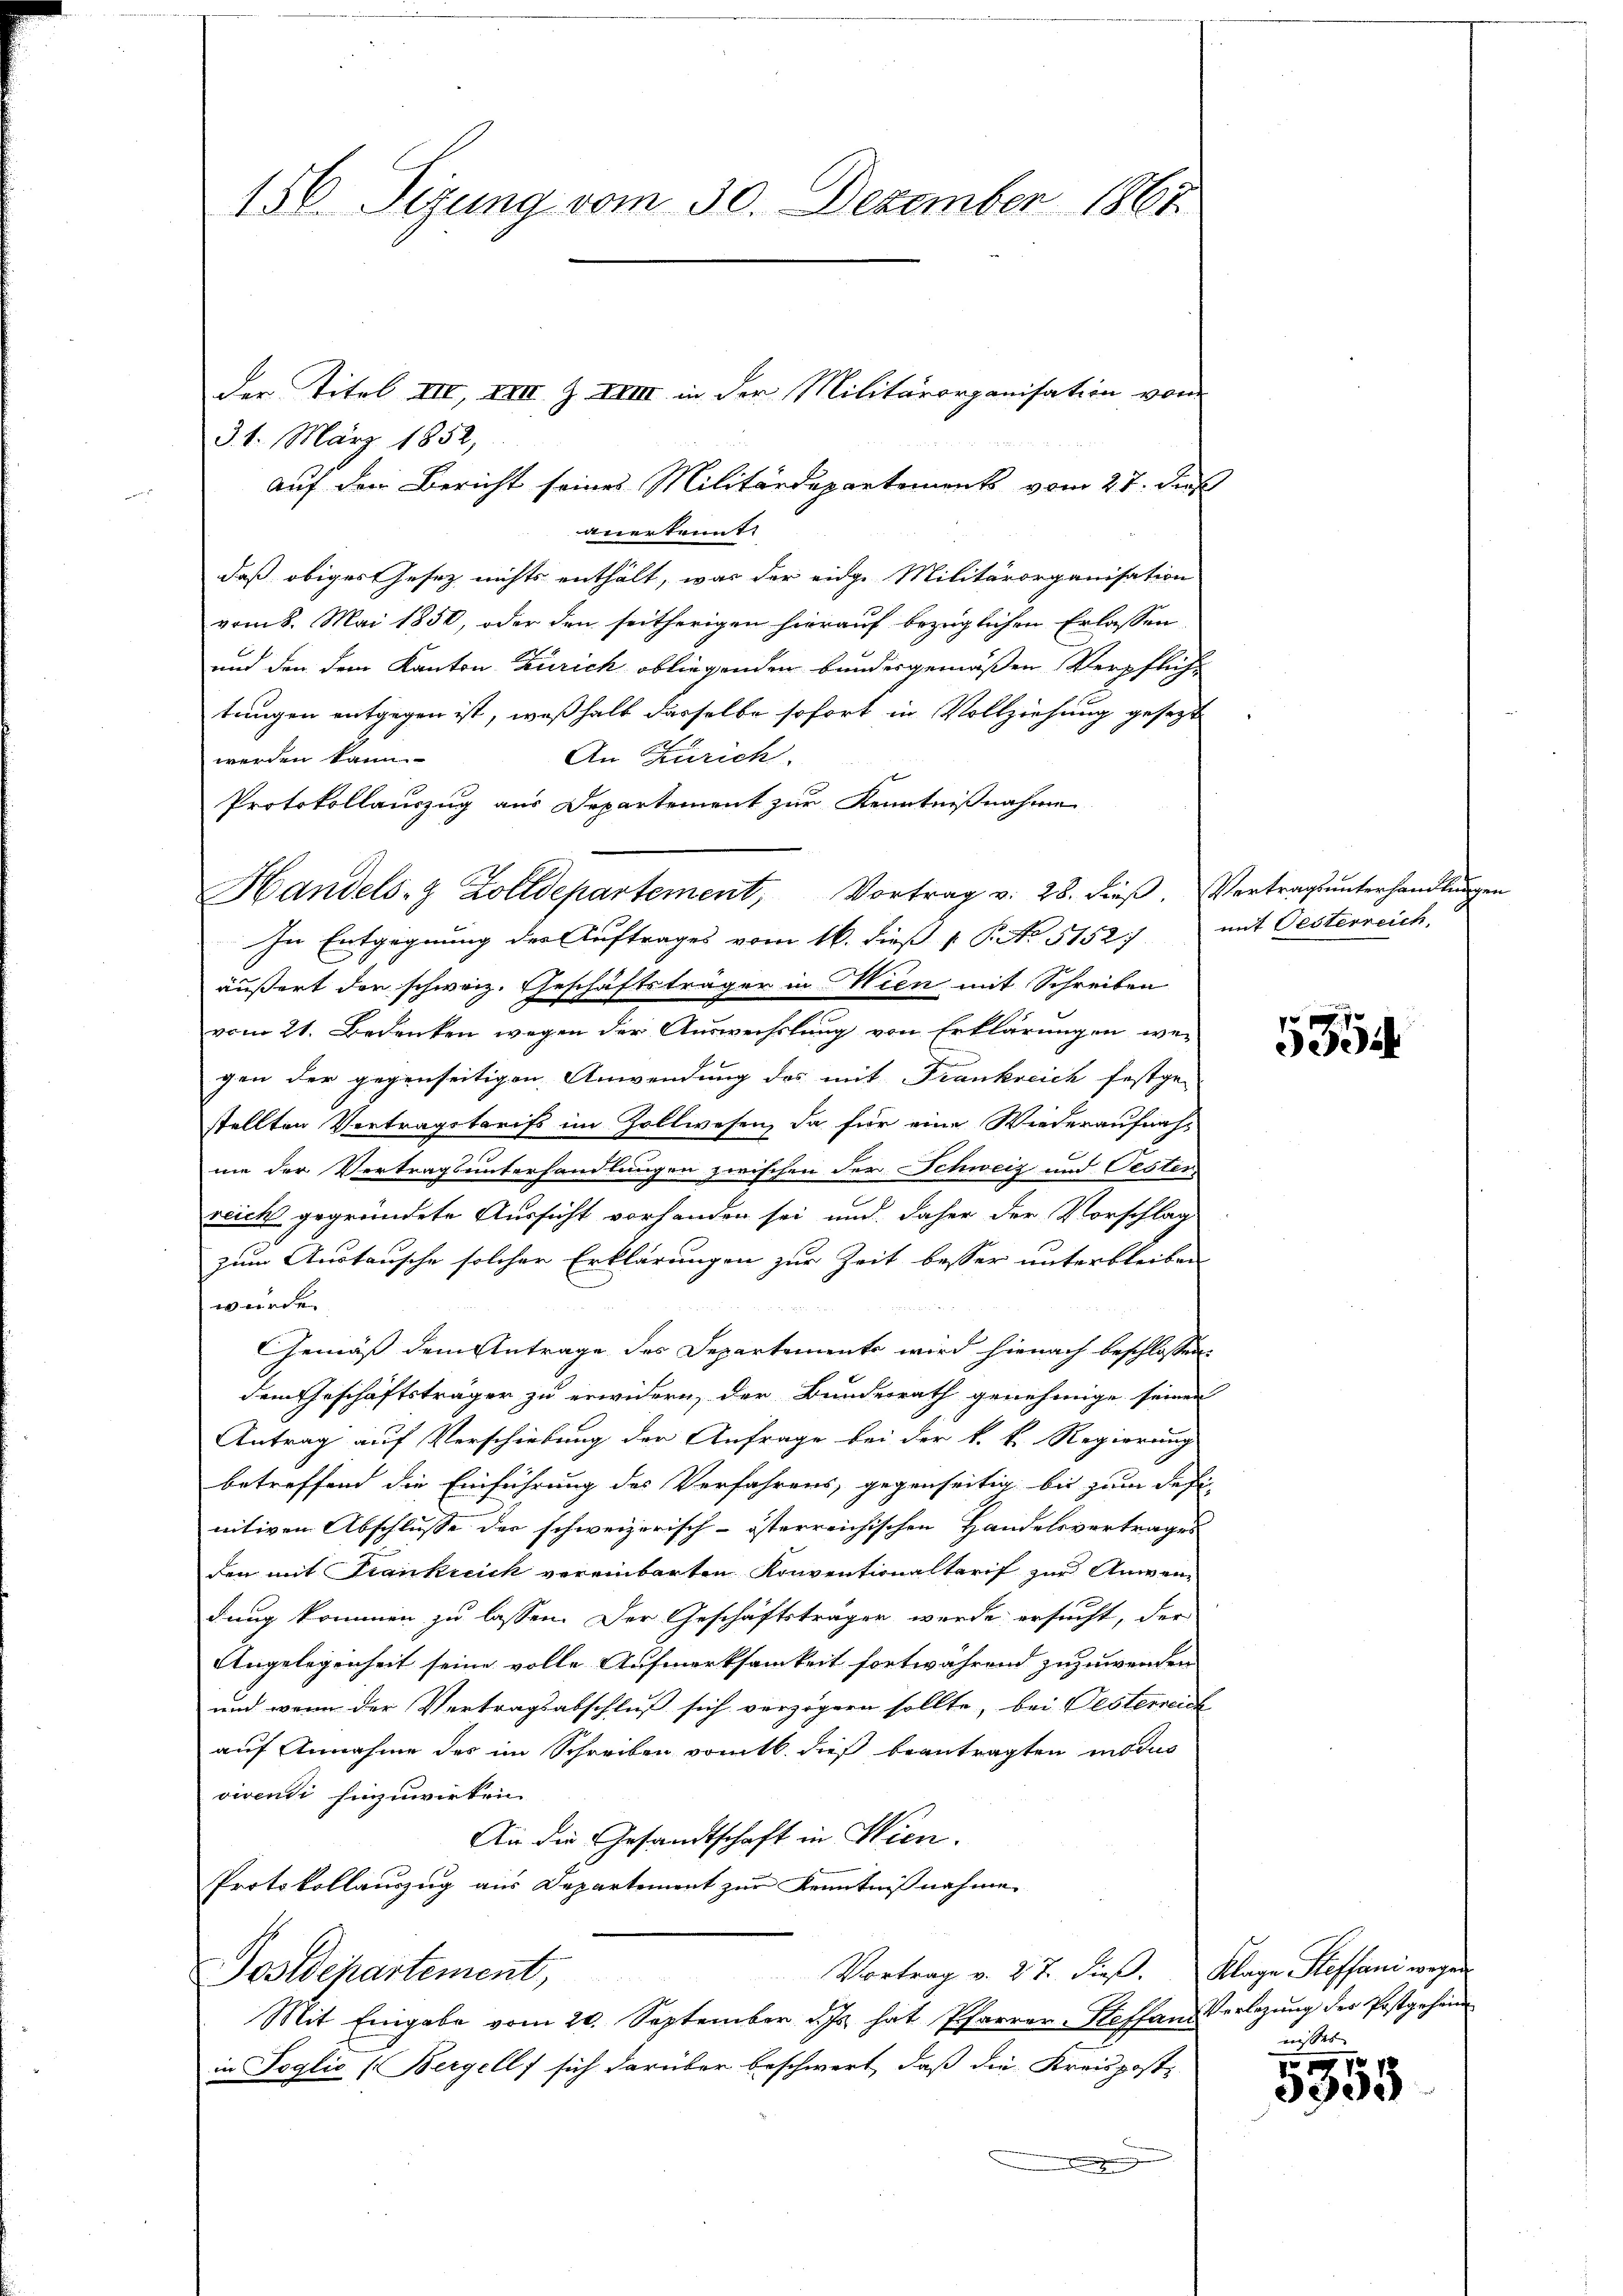
156. Sizung vom 30. Dezember 1861

3. 1. März 1852,
auf dem Bericht seines Militärdepartements vom 27. dieß
anerkannt.
daß obiges Gesetz nichts enthält, was der einge Militärorganisation
vom 8. Mai 1850, oder den seitherigen hierauf bezüglichen Erlassen,
und den dem Kanton Zürich obliegenden bundesgemäßen Verpfliche
tungen entgegen ist, weßhalb dasselbe sofort in Vollziehung gesezt
An Zürich.
werden kann.
Protokollauszug aus Departement zur Kenntnißnahme
Handels- & Zolldepartement, Vortrag v. 28. dieβ. Vertragsŭnterhandlŭngen
In Entgegnung des Auftrages vom 16. dieß 1 P. No 5152) mit Oesterreich,
äußert der schweiz. Geschäftsträger in Wien mit Schreiben
vom 21. Bedenken wegen der Auswechslung von Erklärungen weunteren
gen der gegenseitigen Anwendung des mit Frankreich festge-
stellten Vertragstarifs im Zollwesen, da für eine Wiederaufnah
me der Vertragsunterhandlungen zwischen der Schweiz und Oester
reicht gegründete Aussicht vorhanden sei und daher der Vorschlag
zum Austausche solcher Erklärungen zur Zeit besser unterbleiben
wurde
Gemäß dem Antrage des Departements wird hienach beschlossen:
dem Geschäftsträger zu erwidern, der Bundesrath genehmige seinen
Antrag auf Verschiebung der Anfrage bei der k. k. Regierung
betreffend die Einführung des Verfahrens, gegenseitig bis zum defi-
nitiven Abschlusse der schweizerisch-österreichischen Handelsvertrages
den mit Franklich vereinbarten Konventionaltarif zur Anwendung kommen zu lassen. Der Geschäftsträger werde ersucht, der
Angelegenheit seine volle Aufmerksamkeit fortwährend zuzuwenden
und wenn der Vertragsabschluß sich verzögern sollte, bei Festerreich
auf Annahme des im Schreiben vom 16. dieß beantragten indus
viventi hinzuwirken
An die Gesandtschaft in Wien.
Protokollauszug aus Departement zur Kenntnißnahme
Vortrag v. 27. dieß. Klage Steffani wegen
Postdepartement,
Mit Eingabe vom 20. September d. Js. hat Pfarrer-Steffan Verlegŭng der Postgehand
in Poglio (Bergell, sich darüber beschwert, daß die Kreispost-
d

der Titel III, XVIII. Z XVII in der Militärorganisation vom

5354

nisses

No. 197.
3905